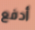
أدفع